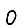
Digit: 0